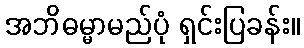
အဘိဓမ္မာမည်ပုံ ရှင်းပြခန်း။